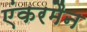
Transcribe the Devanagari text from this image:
एंकरमैन